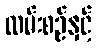
လမ်းစဉ်နှင့်